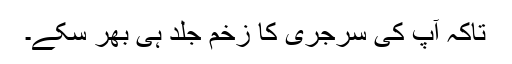
تاکہ آپ کی سرجری کا زخم جلد ہی بھر سکے۔